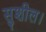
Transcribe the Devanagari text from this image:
सुशील।